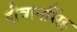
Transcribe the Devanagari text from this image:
दीवानसिंह